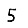
Digit: 5